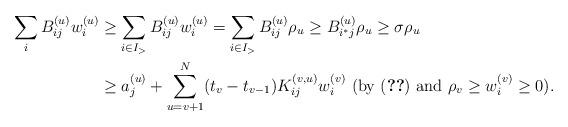
LaTeX: \begin{align*}\sum_{i}B_{ij}^{(u)}w_{i}^{(u)} & \geq\sum_{i\in I_{>}}B_{ij}^{(u)}w_{i}^{(u)}=\sum_{i\in I_{>}}B_{ij}^{(u)}\rho_{u}\geq B_{i^{*}j}^{(u)}\rho_{u}\geq\sigma\rho_{u}\\& \geq a_{j}^{(u)}+\sum_{u=v+1}^{N}(t_{v}-t_{v-1})K_{ij}^{(v,u)}w_{i}^{(v)}\mbox{ (by (\ref{copteq248}) and $\rho_{v}\geq w_{i}^{(v)}\geq 0$)}.\end{align*}